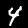
Digit: 4